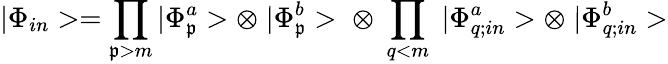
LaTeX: |\Phi_{in}>=\prod_{\mathfrak{p}>m}|\Phi_{\mathfrak{p}}^{a}>\otimes\; |\Phi_{\mathfrak{p}}^{b}>\; \otimes\; \prod_{q<m}\; |\Phi_{q;in}^{a}>\otimes\; |\Phi_{q;in}^{b}>